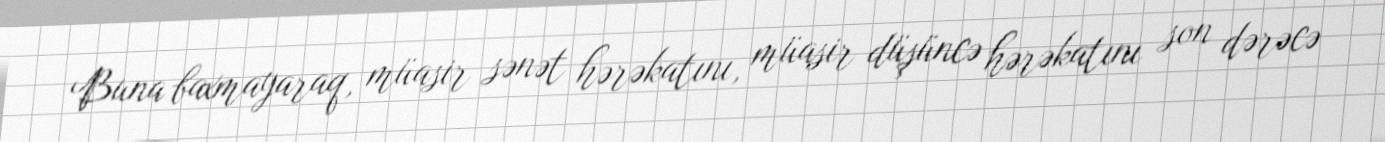
Buna baxmayaraq, müasir sənət hərəkatını, müasir düşüncə hərəkatını son dərəcə